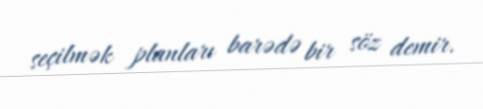
seçilmək planları barədə bir söz demir.